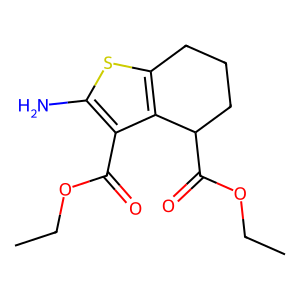
SMILES: CCOC(=O)c1c(N)sc2c1C(C(=O)OCC)CCC2
Inhibits HIV replication: No